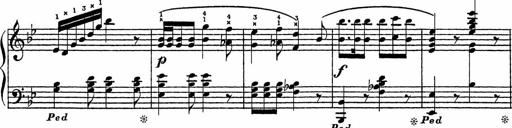
Title: Song of the River
Composer: Frederick Henry Pease